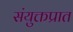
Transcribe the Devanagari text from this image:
संयुक्तप्रात